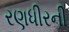
રણધીરની